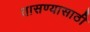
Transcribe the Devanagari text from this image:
तासण्यासाठी